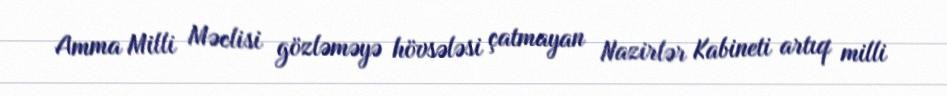
Amma Milli Məclisi gözləməyə hövsələsi çatmayan Nazirlər Kabineti artıq milli